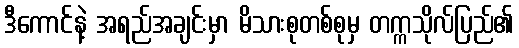
ဒီကောင်နဲ့ အရည်အချင်းမှာ မိသားစုတစ်စုမှ တက္ကသိုလ်ပြည်၏